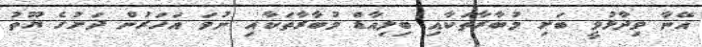
އޭނާ ވިދާޅުވީ ބަށި މުބާރާތަކާއި ބިލިއާޑް މުބާރާތަކާއި ނުވަ އަހަރުން ދަށުގެ ޔޫތު